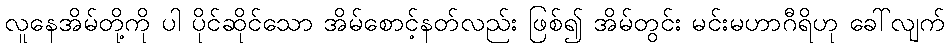
လူနေအိမ်တို့ကို ပါ ပိုင်ဆိုင်သော အိမ်စောင့်နတ်လည်း ဖြစ်၍ အိမ်တွင်း မင်းမဟာဂီရိဟု ခေါ်လျက်